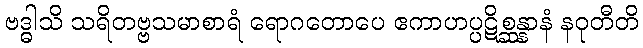
ဗဒ္ဓါသိ သရိတဗ္ဗသမာစာရံ ရောဂတောပေ ဧကာဟပ္ပဋိစ္ဆန္နာနံ နဝုတီတိ